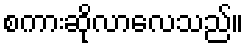
စကားဆိုလာလေသည်။